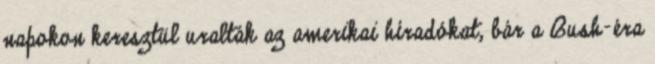
napokon keresztül uralták az amerikai híradókat, bár a Bush-éra